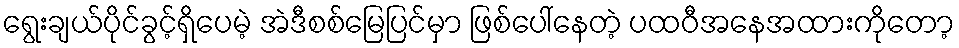
ရွေးချယ်ပိုင်ခွင့်ရှိပေမဲ့ အဲဒီစစ်မြေပြင်မှာ ဖြစ်ပေါ်နေတဲ့ ပထဝီအနေအထားကိုတော့